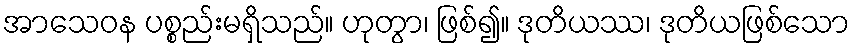
အာသေဝန ပစ္စည်းမရှိသည်။ ဟုတွာ၊ ဖြစ်၍။ ဒုတိယဿ၊ ဒုတိယဖြစ်သော